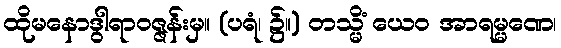
ထိုမနောဒွါရာဝဇ္ဇန်းမှ။ (ပရံ၊ ၌။) တသ္မိံ ယေဝ အာရမ္မဏေ၊